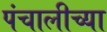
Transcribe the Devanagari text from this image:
पंचालीच्या